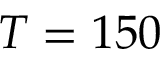
T = 1 5 0